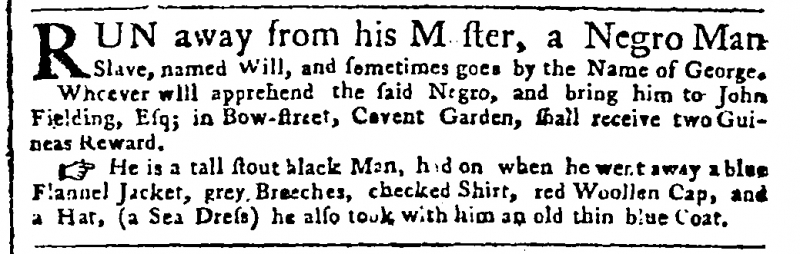
Public Advertiser, 29 October 1757 (England)
RUN away from his M[a]ster, a Negro Man Slave, named Will, and sometimes goes by the Name of George. Whoever will apprehend the said Negro, and bring him to John Fielding, Esq; in Bow-street, Covent Garden, shall receive two Guineas Reward.   He is a tall stout black Man, had on when he went away a blue Flannel Jacket, grey Breeches, checked Shirt, red Woollen Cap, and a Hat, (a Sea Dress) he also took with him an old thin blue Coat.